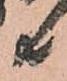
共